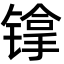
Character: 镎